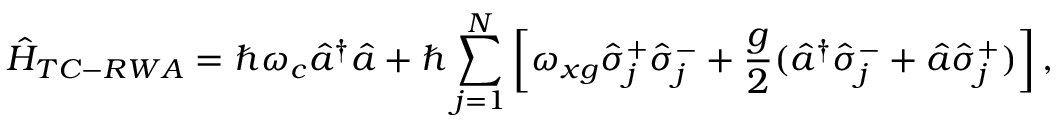
\hat { H } _ { T C - R W A } = \hbar \omega _ { c } \hat { a } ^ { \dagger } \hat { a } + \hbar \sum _ { j = 1 } ^ { N } \left[ \omega _ { x g } \hat { \sigma } _ { j } ^ { + } \hat { \sigma } _ { j } ^ { - } + \frac { g } { 2 } ( \hat { a } ^ { \dagger } \hat { \sigma } _ { j } ^ { - } + \hat { a } \hat { \sigma } _ { j } ^ { + } ) \right] ,